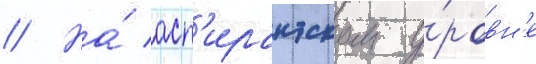
// На́ асп'ирантском у́ровн'е